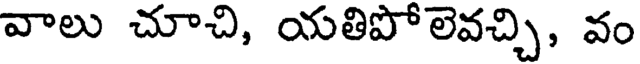
వాలు చూచి, యతిపోలెవచ్చి, వం